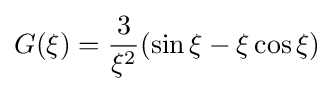
G(\xi )={\frac {3}{\xi ^{2}}}(\sin \xi -\xi \cos \xi )